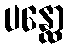
ပန္ထော